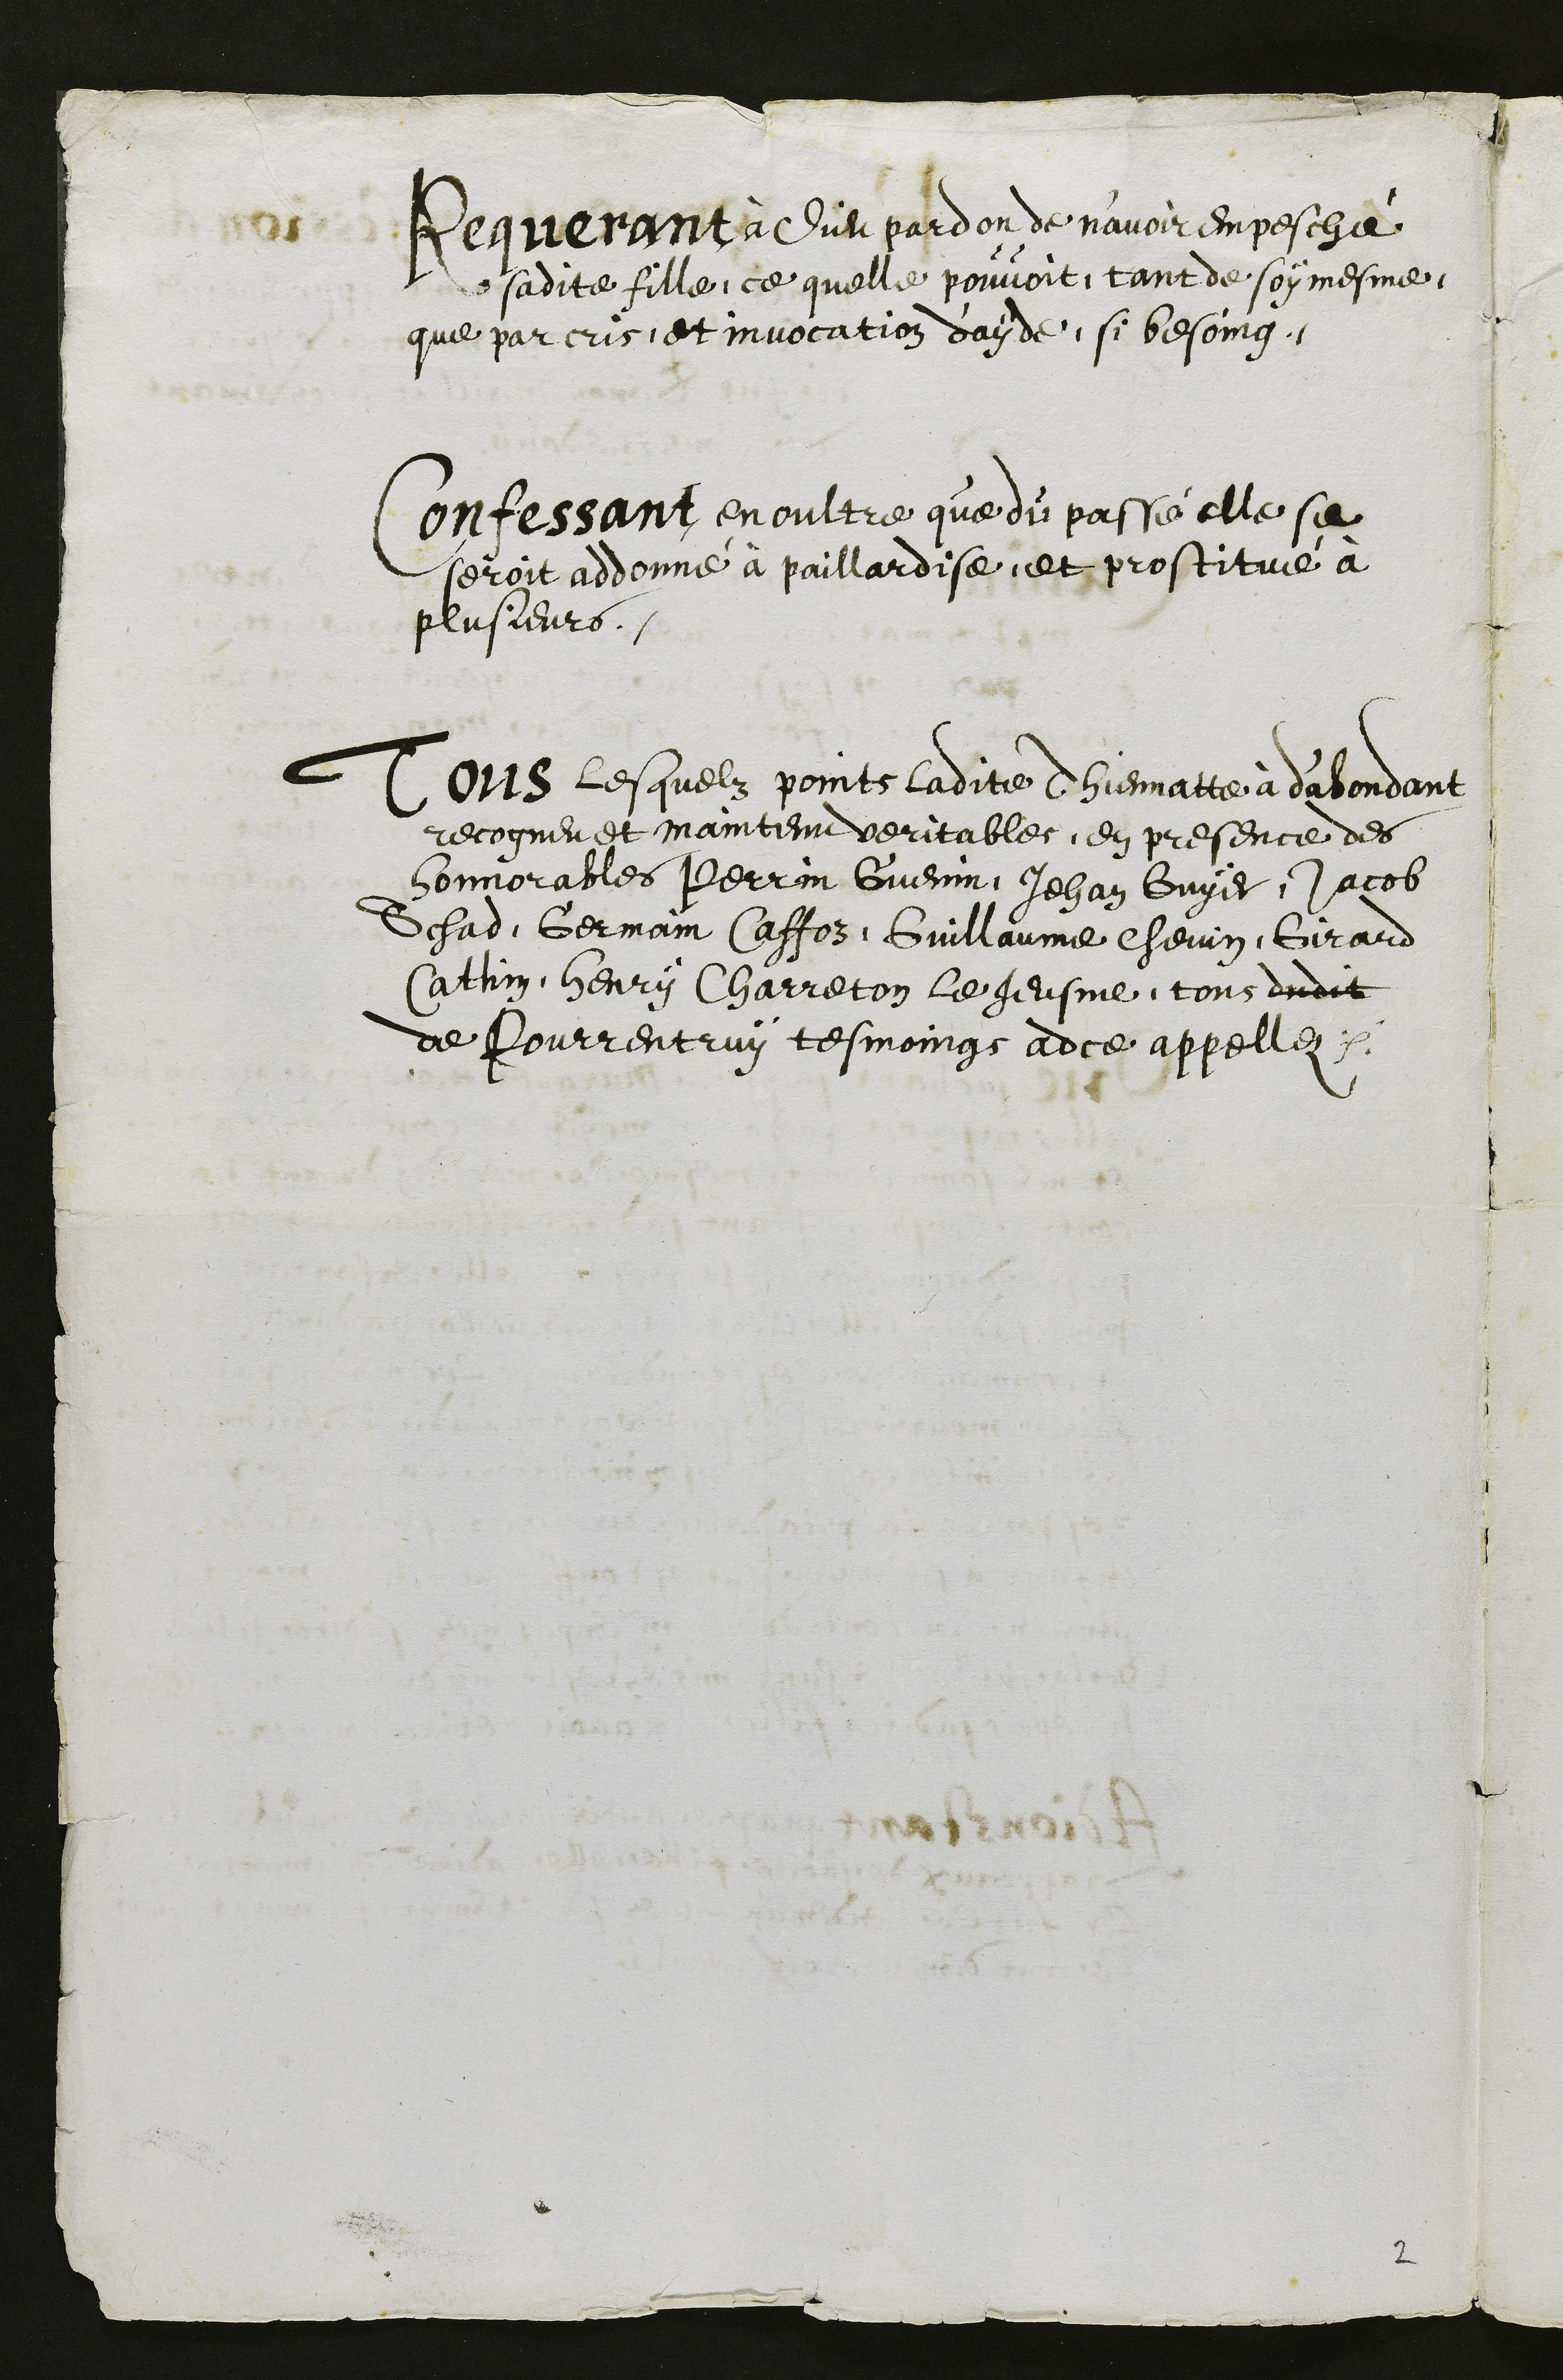
Requerant à Dieu pardon de n’avoir empesché
sadite fille, ce quelle pouvoit, tant de soy mesme,
que par cris et invocation d'ayde, si besoing.
Confessant en oultre que du passé elle se
seroit addonné à paillardise et prostitué à
plusieurs.
Tous lesquelz points ladite Thiennatte à d'abondant
recogneu et maintenu veritables, en presence des
honnorables Perrin Guenin, Jehan Guyer, Jacob
Schad, Germain Caffoz, Guillaume Chevin, Girard
Cathin, Henry Charreton le Jeusne, tous dudit
de Pourrentruy tesmoings adce appellez.

2